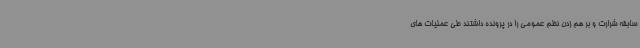
سابقه شرارت و بر هم زدن نظم عمومی را در پرونده داشتند طی عملیات های